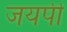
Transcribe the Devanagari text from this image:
जयपी